Annual statistical returns and brief notes on vaccination in Bengal - 1896-1909
Year: 1896
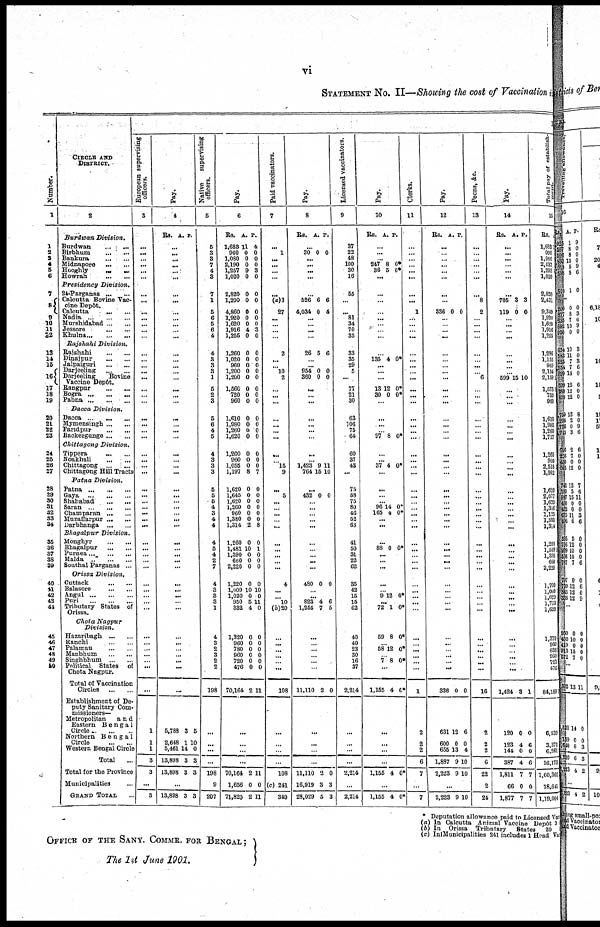
vi
STATEMENT No. II—Showing the cost of Vaccination in
1
1
1
2
3
4
5
6
7
9
10
11
12
13
14
15
16
17
18
19
20 21
22
28
24
26
26
27
28
29
30
31
32
33
34
35
36
37
38
39
40
41
42
43
44
45
46
47
48
49
50
CIRCLE AND
DISTRICT.
2
Burdwan Division.
Burdwan ... ...
Birbhum
...
...
Bankura
...
...
Midnapore
...
...
Hooghly
...
...
Howrah
...
...
Presidency
Division.
24-Parganas ... ...
Calcutta Bovine Vac-
cine Depôt.
Calcutta
...
...
Nadia ... ... ...
Murshidabad ... ...
Jessore ... ...
Khulna
...
...
Rajshahi
Division.
Rajshahi
...
...
Dinajpur
...
...
Jalpaiguri
...
...
Darjeeling
...
...
Darjeeling
Bovine
Vaccine Depôt.
Rangpur
...
...
Bogra ... ... ...
Pabna ... ... ...
Dacca Division.
Dacca ... ...
Mymensingh ... ...
Faridpur
...
...
Backergange ... ...
Chittagong Division.
Tippera
...
...
Noakhali
...
...
Chittagong ... ...
Chittagong Hill Tracts
Patna Division.
Patna ... ... ...
Gaya
...
...
...
Shahabad
...
...
Saran ... ... ...
Champaran ... ...
Muzaffarpur ... ...
Darbhanga ... ...
Bhagalpur
Division.
Monghyr
...
...
Bhagalpur
...
...
Purnea ... ... ...
Malda ... ... ...
Sonthal Parganas ...
Orissa Division.
Cuttack
...
...
Balasore
...
...
Angul
...
...
...
Puri
...
...
...
Tributary States of
Orissa.
Chota Nagpur
Division.
Hazaribagh ... ...
Ranchi ... ...
Palamau
...
...
Manbhum
...
...
Singhbhum ... ...
Political States of
Chota Nagpur.
Total of Vaccination
Circles
...
...
Establishment of De-
puty Sanitary Com-
missioners—
Metropolitan
and
Eastern Bengal
Circle ... ...
Northern Bengal
Circle
...
...
Western Bengal Circle
Total ...
Total for the Province
Municipalities ...
GRAND TOTAL ...
European supervising
officers.
3
...
... ...
...
...
...
...
...
...
...
...
...
...
...
...
... ... ...
...
...
...
...
...
...
...
...
...
...
... ...
...
...
...
... ...
...
...
...
...
... ...
...
...
...
...
...
...
...
... ...
...
... ...
...
1
1
1
3
3
...
3
Pay.
4
Rs. A. P.
...
...
...
...
...
...
...
...
...
...
... ...
...
...
...
...
...
...
...
...
...
...
...
...
...
...
...
... ...
...
...
...
...
...
...
...
...
...
...
...
...
...
...
...
...
...
...
... ...
...
... ...
...
5,788
2,648
5,461
13,808
13,898
3
1
14
3
3
5
10
0
3
3
...
13,898 3 3
Native
supervising
officers.
5
5
3
3
7
4
3
7
1
5
6
5
6
4
4
3
3
3
1
5
2
3
5
6
4
5
4
3
3
3
5
5
6
4
3
4
4
4
5
4
2
7
4
3
3
3
1
4
3
2
3
2
2
198
...
...
...
...
198
9
207
Pay.
6
Rs.
1,683
960
1,080
2,190
1,257
1,020
2,820
1,200
4,860
1,920
1,620
1,916
1,255
1,260
1,020
960
1,200
1,200
1,560
720
960
1,610
1,980
1,260
1,620
1,260
960
1,055
1,197
1,620
1,645
1,620
1,260
960
1,380
1,314
1,260
1,481
1,390
660
2,220
1,220
1,009
1,020
950
332
1,320
960
780
960
720
476
70,164
A.
11
0
0
0
9
0
0
0
0
0
0
4
0
0
0
0
0
0
0
0
0
0
0
0
0
0
0
0
8
0
0
0
0
0
0
2
0
10
0
0
0
0
10
0
5
4
0
0
0
0
0
0
2
P.
4
0
0
0
3
0
0
0
0
0
0
3
0
0
0
0 0
0
0
0
0
0
0
0 0
0
0
0
7
0
0
0
0
0
0
8
0
1
0
0
0
0
10
0
11
0
0
0
0
0
0
0
11
...
...
...
...
70,164
1,656
71,820
2
0
2
11
0
11
Paid vaccinators.
7
...
1
...
...
...
...
...
(a)3
27
...
...
...
...
2
...
...
10
2
...
...
...
...
...
...
...
...
15
9
... 5
...
...
...
...
...
...
...
...
...
4
...
10
(b)20
...
... ...
...
...
...
108
...
...
...
...
108
(c) 241
349
Pay.
8
Rs. A. P.
. ..
30 0 0
...
...
...
...
...
526
4,034
6
0
6
4
...
...
...
...
26 5 6
...
...
964
360
0
0
0
0
...
...
...
...
...
...
...
...
...
1,423
764
9
15
11
10
...
432 0 0
...
...
...
...
...
...
...
...
...
...
480 0 0
...
...
823
1,255
4
7
6
5
...
...
...
... ...
11,110 2 0
...
...
...
...
11,110
16,919
28,029
2
3
5
0
3
3
Licensed vaccinators.
9
37
22
48
100
30
16
55
...
...
81
34
70
33
33
35
29
5
...
77
21
30
63
106
75
64
60
37
43
...
75
58
75
80
46
52
63
41
50
31
22
62
35
42
15
15
62
40
40
23
30
16
37
2,214
...
...
...
...
2,214
...
2,214
Pay.
10
Rs. A. P.
...
... ...
247
36
8
5 0*
0*
...
...
...
...
...
...
...
...
...
135 4 0*
...
...
...
13
30
12
0
0*
0*
...
...
...
...
97 8 0*
...
...
...
37 4 0*
...
...
...
...
96
165
14
4
0*
0*
...
...
...
88 0 0*
... ...
...
...
...
9 12 0*
...
72
59
1
8
0*
0*
...
58 12 0*
...
7 8 0*
...
1,155 4 0*
...
...
...
...
1,155 4 0
...
1,155 4 0*
Clerks.
11
...
...
...
...
...
...
...
...
1
...
...
...
...
...
...
...
...
...
...
...
...
...
...
...
...
...
...
...
...
...
...
...
...
...
...
...
...
...
...
...
...
...
...
...
...
...
...
...
...
...
1
2
2
2
6
7
...
7
Pay.
12
Rs.
A. P.
...
... ...
...
...
...
...
...
336 0 0
...
...
...
...
...
...
...
...
...
...
...
...
...
...
...
...
...
...
...
...
...
...
...
...
...
...
...
...
...
...
...
...
...
...
...
...
...
...
...
...
...
...
...
336
631
600
655
1,887
2,223
0
12
0
13
9
9
0
6
0
4
10
10
...
2,223 9 10
Peons, &c.
13
...
...
...
...
...
...
...
8
2
...
...
...
...
...
...
... ...
6
...
...
...
...
...
...
...
...
...
...
...
...
...
...
...
...
...
...
...
...
...
...
...
...
...
...
...
...
... ...
...
... ...
16
2
2
2
6
22
2
24
Pay.
14
Rs. A. P.
...
...
...
...
...
...
...
705
119
3
0
3
0
...
...
...
...
...
...
...
...
599 15 10
...
...
...
...
...
...
...
...
...
... ...
...
...
...
...
...
...
...
...
...
...
...
...
...
...
...
...
...
... ...
...
...
...
1,424 3 1
120
123
144
387
1,811
66
1,877
0
4
0
4
7
0
7
0
6
0
6
7
0
7
Total pay of establish-
15
Rs.
1,683
990
1,080
2,437
1,293
1,020
2,820
2,431
9,349
1,920
1,620
1,916
1,255
1,286
1,155
960
2,154
2,159
1,573
750
960
1,610
1 980
1 260
17,717
1,260
960
2,515
1,962
1,620
2,077
1,620
1,336
1,125
1,380
1,314
1,260
l,569l
1,390
660
2,220
1,700
1,069
1,029
1,773
1,659
1,379
960
833
960
721
476
84,189
6,539
3,371
6,261
16,173
1,00,362
18,641
1,19,004
* Deputation allowance paid to Licensed vac
(a) In Calcutta Animal Vaccine Depôt 3
(b) In Orissa Tributary
States 20
(c) In Municipalities 241 includes 1 Head Va
OFFICE OF THE SANY. COMMR. FOR BENGAL ;
The 1st June 1901.